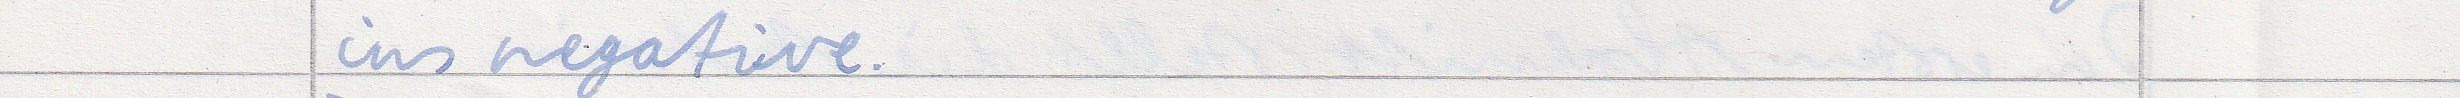
ins negative.